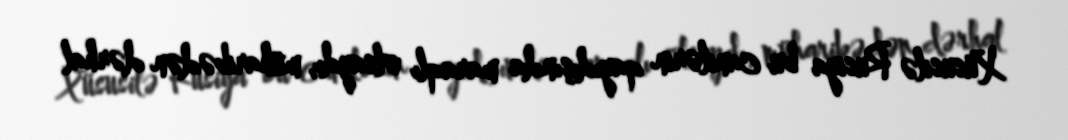
Xüsusilə Rusiya bu canilərin qayıdışında maraqlı olsaydı, müharibədən dərhal